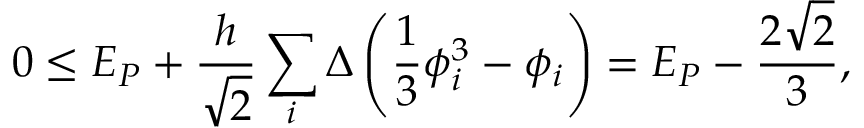
0 \leq E _ { P } + \frac { h } { \sqrt { 2 } } \sum _ { i } \Delta \left( \frac { 1 } { 3 } \phi _ { i } ^ { 3 } - \phi _ { i } \right) = E _ { P } - \frac { 2 \sqrt { 2 } } { 3 } ,